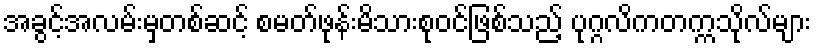
အခွင့်အလမ်းမှတစ်ဆင့် စမတ်ဖုန်းမိသားစုဝင်ဖြစ်သည့် ပုဂ္ဂလိကတက္ကသိုလ်များ